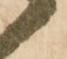
御